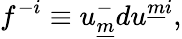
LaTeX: f^{-i}\equiv u_{\underline{{m}}}^{-}du^{\underline{{{m}}}i},